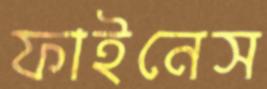
ফাইনেস